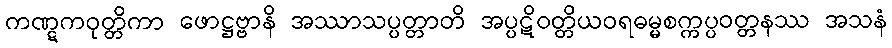
ကဏ္ဋကဝုတ္တိကာ ဖောဋ္ဌဗ္ဗာနိ အဿာသပ္ပတ္တာတိ အပ္ပဋိဝတ္တိယဝရဓမ္မစက္ကပ္ပဝတ္တနဿ အသနံ